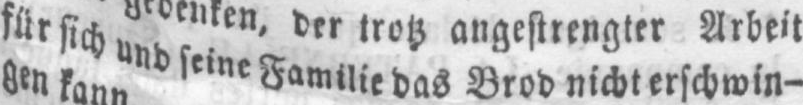
für sich und seine Familie das Brod nicht erschwin-